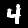
Digit: 4